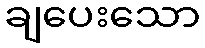
ချပေးသော